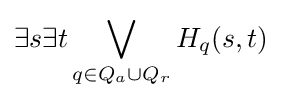
\exists s\exists t\bigvee _{q\in Q_{a}\cup Q_{r}}H_{q}(s,t)